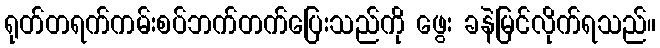
ရုတ်တရက်ကမ်းစပ်ဘက်တက်ပြေးသည်ကို ဖွေး ခနဲမြင်လိုက်ရသည်။